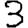
Digit: 3